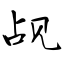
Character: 觇